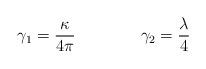
LaTeX: \begin{align*}\gamma_1=\frac\kappa{4\pi}\qquad \qquad \gamma_2 = \frac \lambda 4\end{align*}